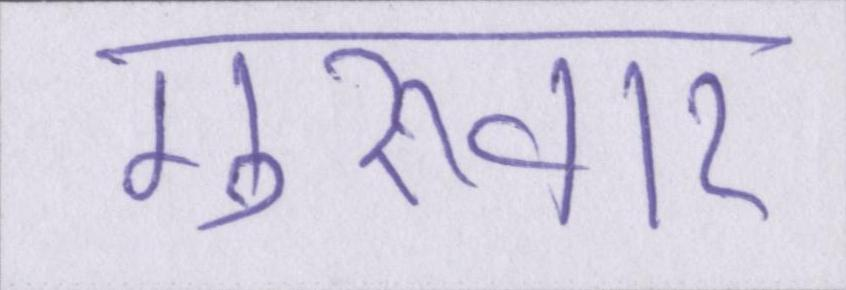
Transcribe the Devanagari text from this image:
गुरूवार